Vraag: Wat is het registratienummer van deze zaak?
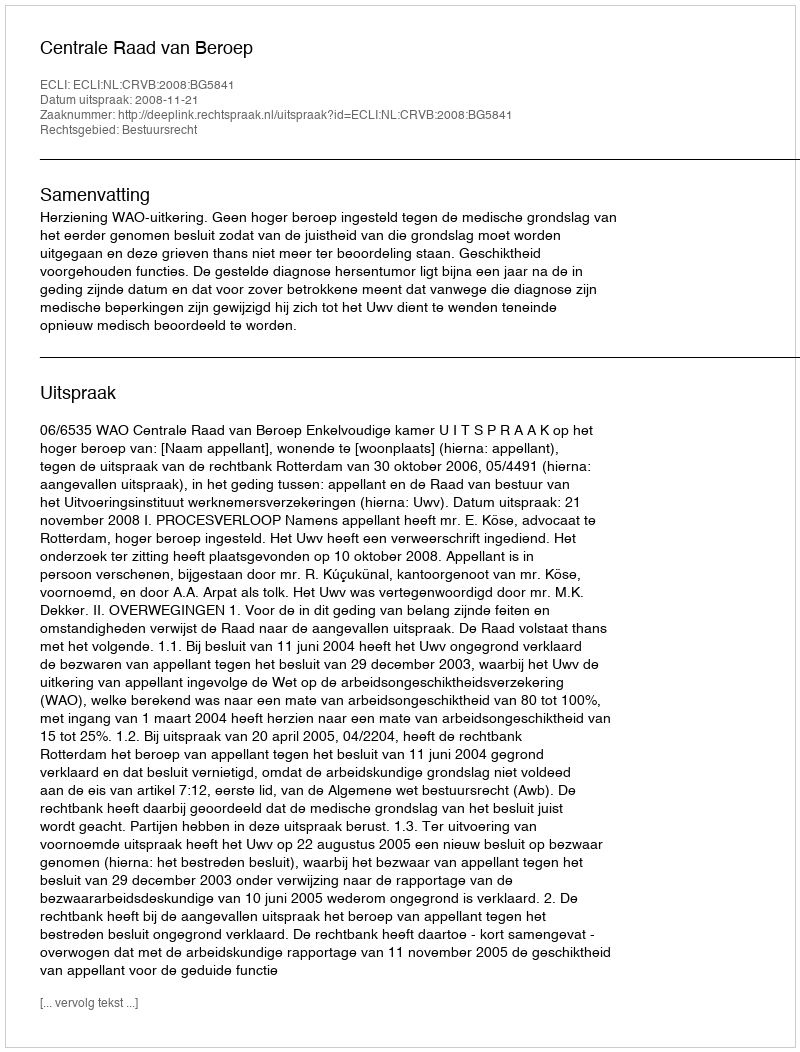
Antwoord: http://deeplink.rechtspraak.nl/uitspraak?id=ECLI:NL:CRVB:2008:BG5841